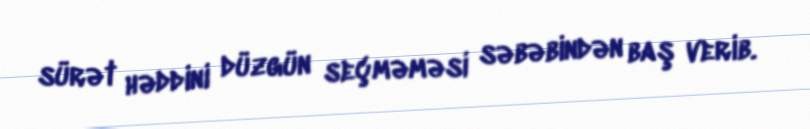
sürət həddini düzgün seçməməsi səbəbindən baş verib.